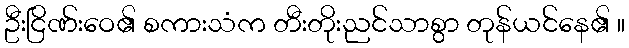
ဦးငြိဏ်းဝေ၏ စကားသံက တီးတိုးညင်သာစွာ တုန်ယင်နေ၏ ။